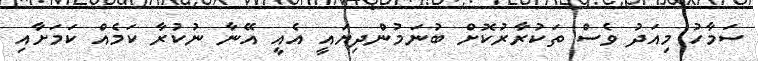
ސަމާހު މިއަދު ވެސް ތަކުރާރުކޮށް ބުނަމުންދިޔައީ އެއީ އޭނާ ނުކުރާ ކަމެއް ކަމަށާއި